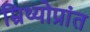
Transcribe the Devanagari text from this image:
म्रिथ्योप्रांत